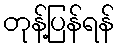
တုန့်ပြန်ရန်